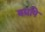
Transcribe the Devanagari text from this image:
बद्यपि